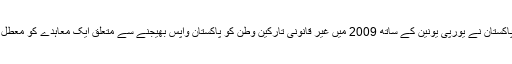
یاد رہے کہ گزشتہ ماہ پاکستان نے یورپی یونین کے ساتھ 2009 میں غیر قانونی تارکین وطن کو پاکستان واپس بھیجنے سے متعلق ایک معاہدے کو معطل کرنے کا اعلان کیا تھا۔